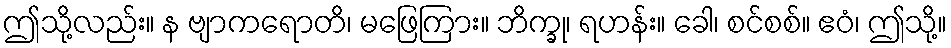
ဤသို့လည်း။ န ဗျာကရောတိ၊ မဖြေကြား။ ဘိက္ခု၊ ရဟန်း။ ခေါ၊ စင်စစ်။ ဧဝံ၊ ဤသို့။